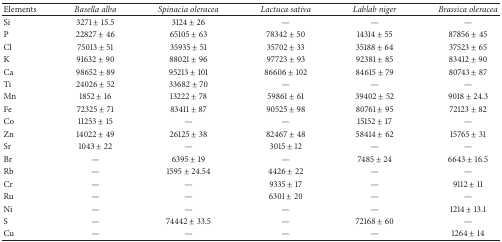
<table><thead><tr><td><b>Elements</b></td><td><b><i>Basella alba </i></b></td><td><b><i>Spinacia oleracea </i></b></td><td><b><i>Lactuca sativa </i></b></td><td><b><i>Lablab niger </i></b></td><td><b><i>Brassica oleracea </i></b></td></tr></thead><tbody><tr><td>Si</td><td>3271 ± 15.5</td><td>3124 ± 26</td><td>—</td><td>—</td><td>—</td></tr><tr><td>P</td><td>22827 ± 46</td><td>65105 ± 63</td><td>78342 ± 50</td><td>14314 ± 55</td><td>87856 ± 45</td></tr><tr><td>Cl</td><td>75013 ± 51</td><td>35935 ± 51</td><td>35702 ± 33</td><td>35188 ± 64</td><td>37523 ± 65</td></tr><tr><td>K</td><td>91632 ± 90</td><td>88021 ± 96</td><td>97723 ± 93</td><td>92381 ± 85</td><td>83412 ± 90</td></tr><tr><td>Ca</td><td>98652 ± 89</td><td>95213 ± 101</td><td>86606 ± 102</td><td>84615 ± 79</td><td>80743 ± 87</td></tr><tr><td>Ti</td><td>24026 ± 52</td><td>33682 ± 70</td><td>—</td><td>—</td><td>—</td></tr><tr><td>Mn</td><td>1852 ± 16</td><td>13222 ± 78</td><td>59861 ± 61</td><td>39402 ± 52</td><td>9018 ± 24.3</td></tr><tr><td>Fe</td><td>72325 ± 71</td><td>83411 ± 87</td><td>90525 ± 98</td><td>80761 ± 95</td><td>72123 ± 82</td></tr><tr><td>Co</td><td>11253 ± 15</td><td>—</td><td>—</td><td>15152 ± 17</td><td>—</td></tr><tr><td>Zn</td><td>14022 ± 49</td><td>26125 ± 38</td><td>82467 ± 48</td><td>58414 ± 62</td><td>15765 ± 31</td></tr><tr><td>Sr</td><td>1043 ± 22</td><td>—</td><td>3015 ± 12</td><td>—</td><td>—</td></tr><tr><td>Br</td><td>—</td><td>6395 ± 19</td><td>—</td><td>7485 ± 24</td><td>6643 ± 16.5</td></tr><tr><td>Rb</td><td>—</td><td>1595 ± 24.54</td><td>4426 ± 22</td><td>—</td><td>—</td></tr><tr><td>Cr</td><td>—</td><td>—</td><td>9335 ± 17</td><td>—</td><td>9112 ± 11</td></tr><tr><td>Ru</td><td>—</td><td>—</td><td>6301 ± 20</td><td>—</td><td>—</td></tr><tr><td>Ni</td><td>—</td><td>—</td><td>—</td><td>—</td><td>1214 ± 13.1</td></tr><tr><td>S</td><td>—</td><td>74442 ± 33.5</td><td>—</td><td>72168 ± 60</td><td>—</td></tr><tr><td>Cu</td><td>—</td><td>—</td><td>—</td><td>—</td><td>1264 ± 14</td></tr></tbody></table>